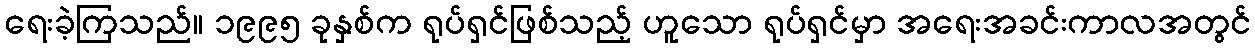
ရေးခဲ့ကြသည်။ ၁၉၉၅ ခုနှစ်က ရုပ်ရှင်ဖြစ်သည့် ဟူသော ရုပ်ရှင်မှာ အရေးအခင်းကာလအတွင်